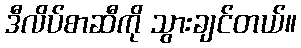
ဒီလိပ်စာဆီကို သွားချင်တယ်။